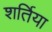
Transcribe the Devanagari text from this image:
शर्तिया